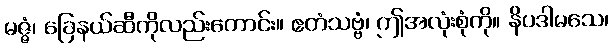
မဇ္ဇံ၊ ခြေနယ်ဆီကိုလည်းကောင်း။ ဧတံသဗ္ဗံ၊ ဤအလုံးစုံကို။ နိပဒါမသေ၊